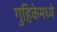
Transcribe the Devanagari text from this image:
गुहिकेमध्ये